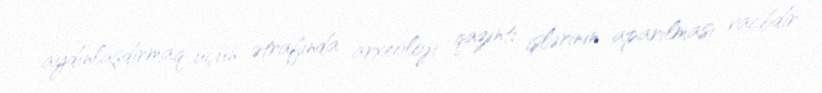
aydınlaşdırmaq üçün ətrafında arxeoloji qazıntı işlərinin aparılması vacbdir.